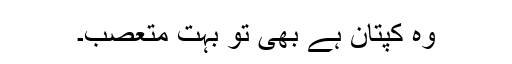
وہ کپتان ہے بھی تو بہت متعصب۔